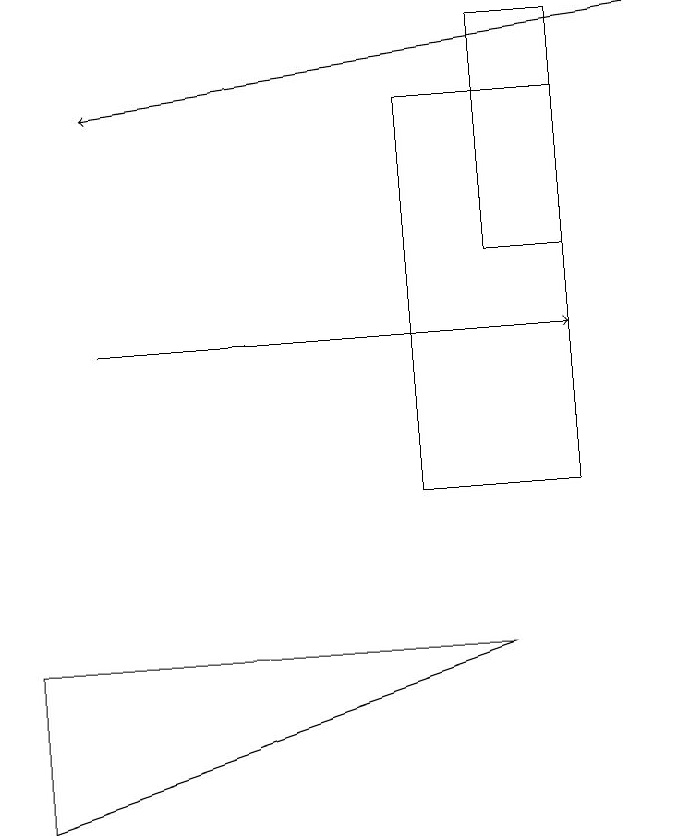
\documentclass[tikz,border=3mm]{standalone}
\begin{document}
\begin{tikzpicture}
\draw (8,15) rectangle (6,10);
\draw[->] (2,12) -- (8,12);
\draw[->] (9,16) -- (2,15);
\draw (1,6) -- (7,8) -- (1,8) -- cycle;
\draw (8,13) rectangle (7,16);
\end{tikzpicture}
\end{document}